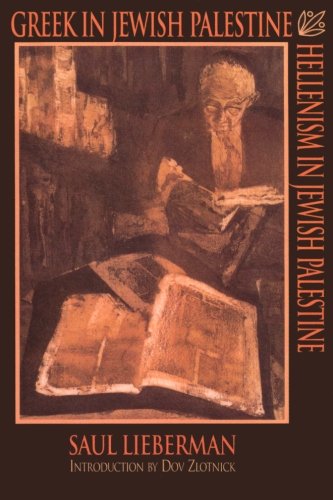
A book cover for Greek in Jewish Palestine/Hellenism in Jewish Palestine; Prof Saul Lieberman; Religion & Spirituality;